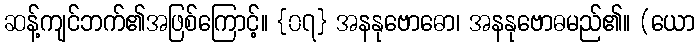
ဆန့်ကျင်ဘက်၏အဖြစ်ကြောင့်။ {၀၇} အနနုဗောဓော၊ အနနုဗောဓမည်၏။ (ယော